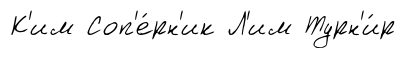
К'им Соп'е́рн'ик Л'им Турн'и́р